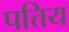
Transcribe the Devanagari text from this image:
पत्तिय